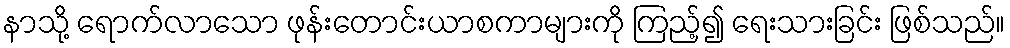
နာသို့ ရောက်လာသော ဖုန်းတောင်းယာစကာများကို ကြည့်၍ ရေးသားခြင်း ဖြစ်သည်။